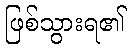
ဖြစ်သွားရ၏